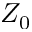
Z _ { 0 }